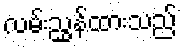
လမ်းညွှန်ထားသည်